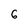
Character: 6